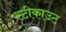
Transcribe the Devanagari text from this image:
स्टीकाउट